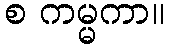
စ ကမ္မကာ။